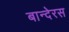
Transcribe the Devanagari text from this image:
बान्देरस